Report of the Indian Hemp Drugs Commission, 1894-1895 - Volume V
Year: 1894
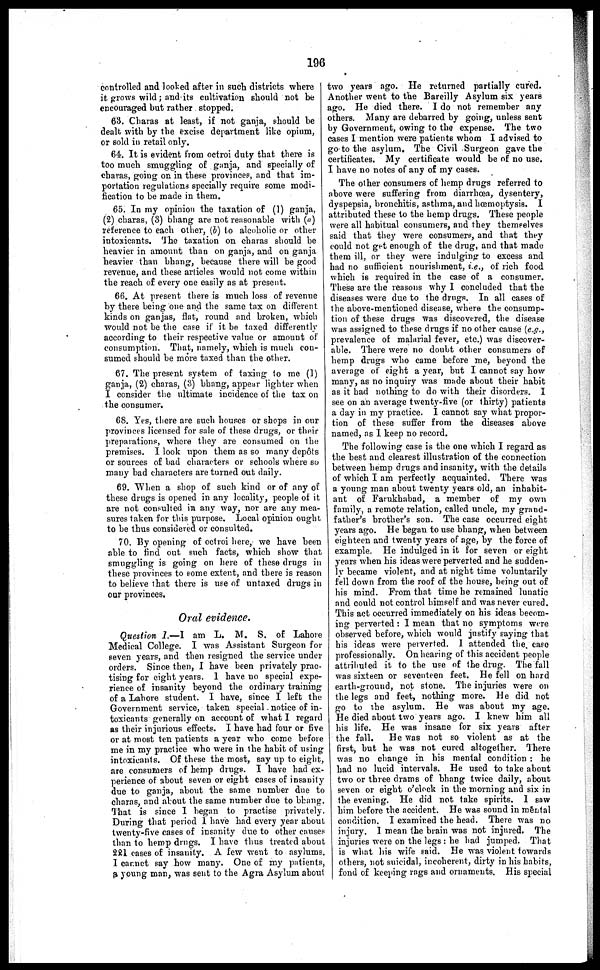
196
controlled and looked after in such districts where I
it grows wild; and its cultivation should not be
encouraged but rather stopped.
63. Charas at least, if not ganja, should be
dealt with by the excise department like opium,
or sold in retail only.
64. It is evident from octroi duty that there is
too much smuggling of ganja, and specially of
charas, going on in these provinces, and that im-
portation regulations specially require some modi-
fication to be made in them.
65. In my opinion the taxation of (1) ganja,
(2) charas, (3) bhang are not reasonable with (a)
reference to each other, (6) to alcoholic or other
intoxicants. The taxation on charas should be
heavier in amount than on ganja, and on ganja
heavier than bhang, because there will be good
revenue, and these articles would not come within
the reach of every one easily as at present.
66. At present there is much loss of revenue
by there being one and the same tax on different
kinds on ganjas, flat, round and broken, which
would not be the case if it be taxed differently
according to their respective value or amount of
consumption. That, namely, which is much con-
sumed should be more taxed than the other.
67. The present system of taxing to me (1)
ganja, (2) charas, (3) bhang, appear lighter when
I consider the ultimate incidence of the tax on
the consumer.
68. Yes, there are such houses or shops in our
provinces licensed for sale of these drugs, or their
preparations, where they are consumed on the
premises. I look upon them as so many depots
or sources of bad characters or schools where so
many bad characters are turned out daily.
69. When a shop of such kind or of any of
these drugs is opened in any locality, people of it
are not consulted in any way, nor are any mea-
sures taken for this purpose. Local opinion ought
to be thus considered or consulted,
70. By opening of octroi here, we have been
able to find out such facts, which show that
smuggling is going on here of these drugs in
these provinces to some extent, and there is reason
to believe that there is use of untaxed drugs in
our provinces.
Oral evidence.
Question 1.—I am L. M. S. of Lahore
Medical College. I was Assistant Surgeon for
seven years, and then resigned the service under
orders. Since then, I have been privately prac-
tising for eight years. I have no special expe-
rience of insanity beyond the ordinary training
of a Lahore student. I have, since I left the
Government service, taken special notice of in-
toxicants generally on account of what I regard
as their injurious effects. I have had four or five
or at most ten patients a year who come before
me in my practice who were in the habit of using
intoxicants. Of these the most, say up to eight,
are consumers of hemp drugs. I have had ex-
perience of about seven or eight cases of insanity
due to ganja, about the same number due to
charas, and about the same number due to bhang.
That is since I began to practise privately.
During that period I have had every year about
twenty-five cases of insanity due to other causes
than to hemp drugs. I have thus treated about
221 cases of insanity. A few went to asylums.
I cannot say how many. One of my patients,
a young man, was sent to the Agra Asylum about
two years ago. He returned partially cured.
Another went to the Bareilly Asylum six years
ago. He died there. I do not remember any
others. Many are debarred by going, unless sent
by Government, owing to the expense. The two
cases I mention were patients whom I advised to
go to the asylum. The Civil Surgeon gave the
certificates. My certificate would be of no use.
I have no notes of any of my cases.
The other consumers of hemp drugs referred to
above were suffering from diarrhoea, dysentery,
dyspepsia, bronchitis, asthma, and hœmoptysis. I
attributed these to the hemp drugs. These people
were all habitual consumers, and they themselves
said that they were consumers, and that they
could not get enough of the drug, and that made
them ill, or they were indulging to excess and
had no sufficient nourishment, i.e., of rich food
which is required in the case of a consumer.
These are the reasons why I concluded that the
diseases were due to the drugs. In all cases of
the above-mentioned disease, where the consump-
tion of these drugs was discovered, the disease
was assigned to these drugs if no other cause (e.g.,
prevalence of malarial fever, etc.) was discover-
able. There were no doubt other consumers of
hemp drugs who came before me, beyond the
average of eight a year, but I cannot say how
many, as no inquiry was made about their habit
as it had nothing to do with their disorders. I
see on an average twenty-five (or thirty) patients
a day in my practice. I cannot say what propor-
tion of these suffer from the diseases above
named, as I keep no record.
The following case is the one which I regard as
the best and clearest illustration of the connection
between hemp drugs and insanity, with the details
of which I am perfectly acquainted. There was
a young man about twenty years old, an inhabit-
ant of Farukhabad, a member of my own
family, a remote relation, called uncle, my grand-
father's brother's son. The case occurred eight
years ago. He began to use bhang, when between
eighteen and twenty years of age, by the force of
example. He indulged in it for seven or eight
years when his ideas were perverted and he sudden-
ly became violent, and at night time voluntarily
fell down from the roof of the house, being out of
his mind. From that time he remained lunatic
and could not control himself and was never cured.
This act occurred immediately on his ideas becom-
ing perverted : I mean that no symptoms were
observed before, which would justify saying that
his ideas were perverted. I attended the case
professionally. On hearing of this accident people
attributed it to the use of the drug. The fall
was sixteen or seventeen feet. He fell on hard
earth-ground, not stone. The injuries were on
the legs and feet, nothing more. He did not
go to the asylum. He was about my age.
He died about two years ago. I knew him all
his life. He was insane for six years after
the fall.
He was not so violent as at the
first, but he was not cured altogether. There
was no change in his mental condition : he
had no lucid intervals. He used to take about
two or three drams of bhang twice daily, about
seven or eight o'clock in the morning and six in
the evening. He did not take spirits. I saw
him before the accident. He was sound in mental
condition. I examined the head. There was no
injury. I mean the brain was not injured. The
injuries were on the legs: he had jumped. That
is what his wife said. He was violent towards
others, not suicidal, incoherent, dirty in his habits,
fond of keeping rags and ornaments. His special